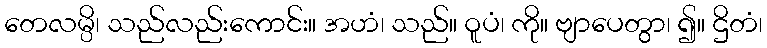
တေလမ္ပိ၊ သည်လည်းကောင်း။ အဟံ၊ သည်။ ဝူပံ၊ ကို။ ဗျာပေတွာ၊ ၍။ ဌိတံ၊